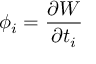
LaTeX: \phi _ { i } = \frac { \partial W } { \partial t _ { i } }